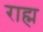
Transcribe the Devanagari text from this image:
राह्म